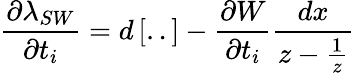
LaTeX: \frac{\partial\lambda_{SW}}{\partial t_{i}}=d\left[..\right]-\frac{\partial W}{\partial t_{i}}\frac{dx}{z-\frac{1}{z}}